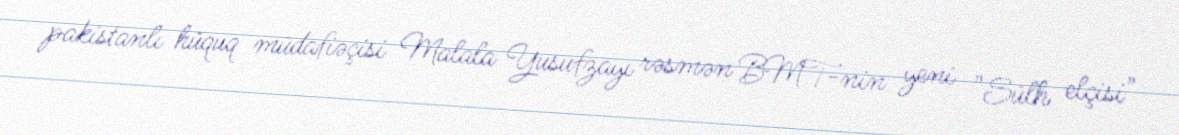
pakistanlı hüquq müdafiəçisi Malala Yusufzayı rəsmən BMT-nin yeni "Sülh elçisi"